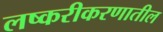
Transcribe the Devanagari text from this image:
लष्करीकरणातील